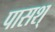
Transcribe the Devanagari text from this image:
पासश्